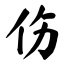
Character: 伤